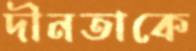
দীনতাকে